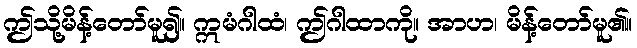
ဤသို့မိန့်တော်မူ၍။ ဣမံဂါထံ၊ ဤဂါထာကို။ အာဟ၊ မိန့်တော်မူ၏။